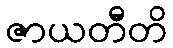
ဇာယတီတိ